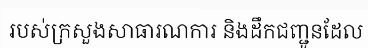
របស់ក្រសួងសាធារណការ និងដឹកជញ្ជូនដែល